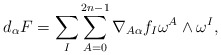
\begin{align*}\begin{aligned} d_\alpha F=\sum_{I}\sum_{A=0}^{2n-1} \nabla_{A\alpha}f_I \omega^A\wedge\omega^I, \end{aligned} \end{align*}